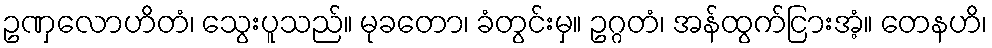
ဥဏှလောဟိတံ၊ သွေးပူသည်။ မုခတော၊ ခံတွင်းမှ။ ဥဂ္ဂတံ၊ အန်ထွက်ငြားအံ့။ တေနဟိ၊